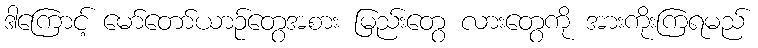
ဒါကြောင့် မော်တော်ယာဉ်တွေအစား မြည်းတွေ လားတွေကို အားကိုးကြရမည်